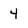
Character: 4